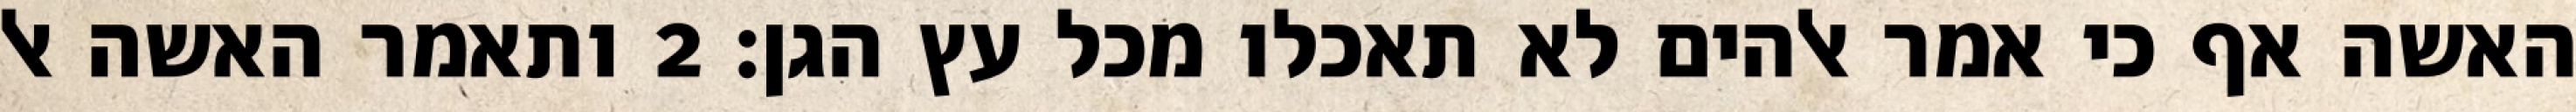
האשה אף כי אמר אלהים לא תאכלו מכל עץ הגן׃ ‎2‏ ותאמר האשה אל